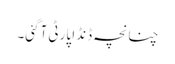
چنانچہ ڈنڈا پارٹی آگئی۔